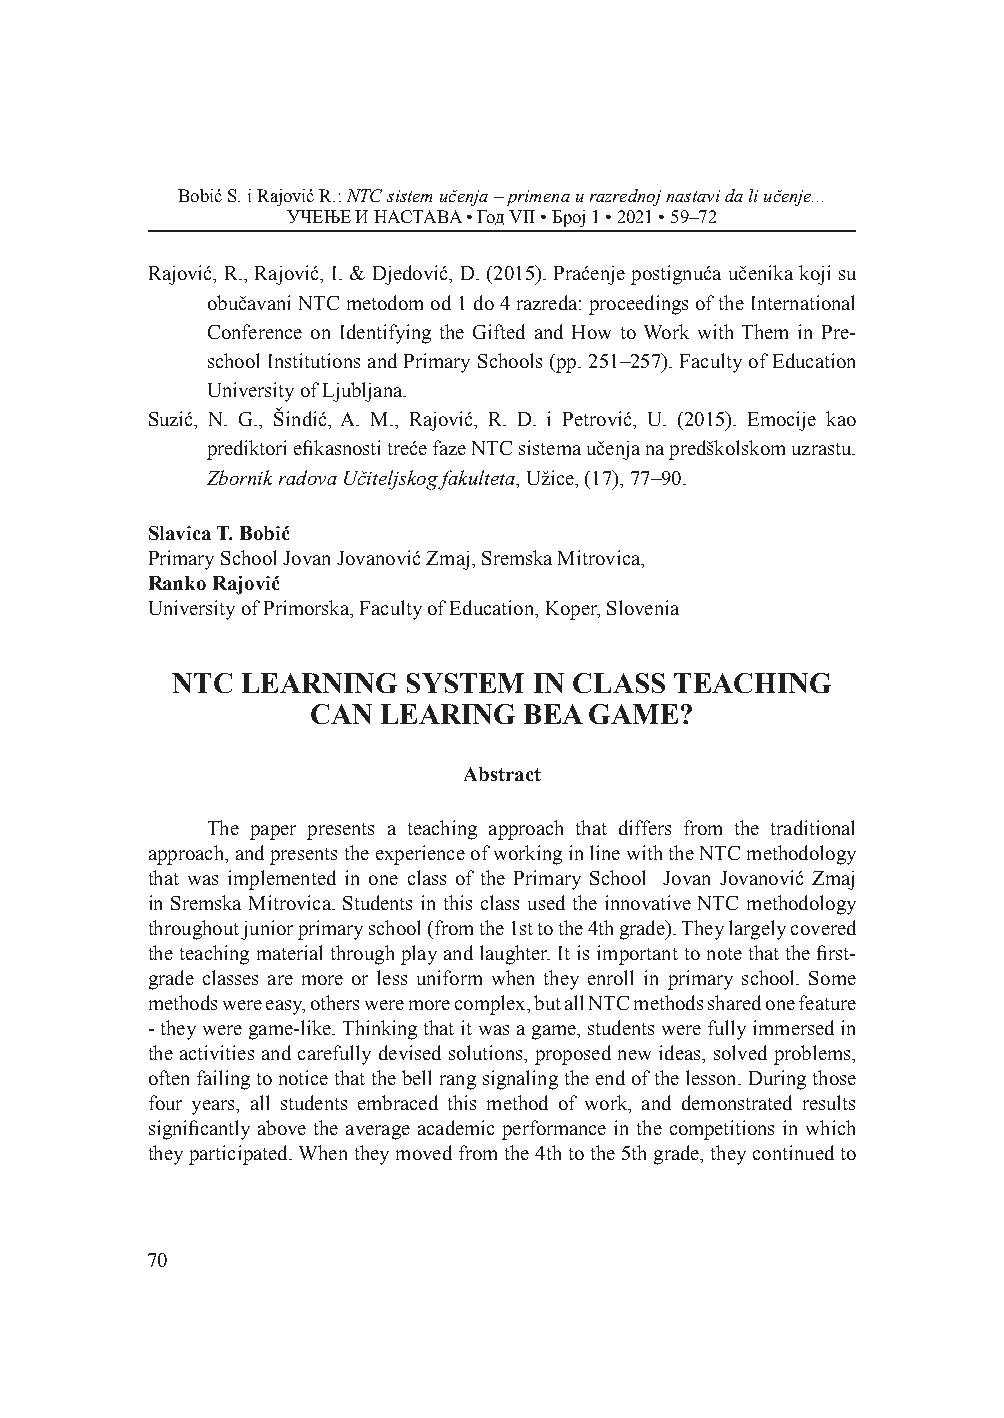
Bobić S. i Rajović R.: NTC sistem učenja – primena u razrednoj nastavi da li učenje...
 УЧЕЊЕ И НАСТАВА • Год VII • Број 1 • 2021 • 59–72
 Rajović, R., Rajović, I. & Djedović, D. (2015). Praćenje postignuća učenika koji su
 obučavani NTC metodom od 1 do 4 razreda: proceedings of the International
 Conference on Identifying the Gifted and How to Work with Them in Pre-
 school Institutions and Primary Schools (pp. 251–257). Faculty of Education
 University of Ljubljana.
 Suzić, N. G., Šindić, A. M., Rajović, R. D. i Petrović, U. (2015). Emocije kao
 prediktori efikasnosti treće faze NTC sistema učenja na predškolskom uzrastu.
 Zbornik radova Učiteljskog fakulteta, Užice, (17), 77–90.
 Slavica T. Bobić
 Primary School Jovan Jovanović Zmaj, Sremska Mitrovica,
 Ranko Rajović
 University of Primorska, Faculty of Education, Koper, Slovenia
 NTC  LEARNING   SYSTEM  IN CLASS  TEACHING
 CAN  LEARING   BEA GAME?
 Abstract
 The paper presents a teaching approach that differs from the traditional
 approach, and presents the experience of working in line with the NTC methodology
 that was implemented in one class of the Primary School Jovan Jovanović Zmaj
 in Sremska Mitrovica. Students in this class used the innovative NTC methodology
 throughout junior primary school (from the 1st to the 4th grade). They largely covered
 the teaching material through play and laughter. It is important to note that the first-
 grade classes are more or less uniform when they enroll in primary school. Some
 methods were easy, others were more complex, but all NTC methods shared one feature
 - they were game-like. Thinking that it was a game, students were fully immersed in
 the activities and carefully devised solutions, proposed new ideas, solved problems,
 often failing to notice that the bell rang signaling the end of the lesson. During those
 four years, all students embraced this method of work, and demonstrated results
 significantly above the average academic performance in the competitions in which
 they participated. When they moved from the 4th to the 5th grade, they continued to
 70